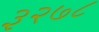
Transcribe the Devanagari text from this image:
३२७८